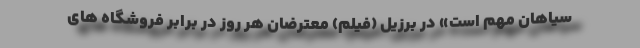
سیاهان مهم است» در برزیل (فیلم) معترضان هر روز در برابر فروشگاه های